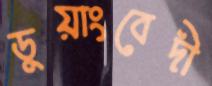
ডুয়াংবেদী